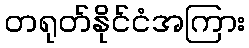
တရုတ်နိုင်ငံအကြား